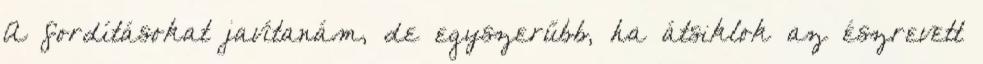
A fordításokat javítanám, de egyszerűbb, ha átsiklok az észrevett